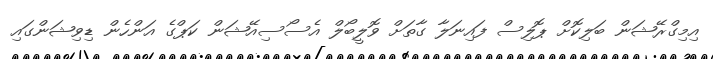
އިމިގްރޭޝަން ބަލިކޮށް ޕޮލިސް ފައިނަލާ ގާތަށް ވޮލީބޯލް އެސޯސިއޭޝަން ކަޕްގެ އަންހެން ޑިވިޝަންގައި